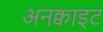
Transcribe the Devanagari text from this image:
अनक्वाइट